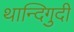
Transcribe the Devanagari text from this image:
थान्दिगुदी